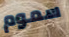
سموم